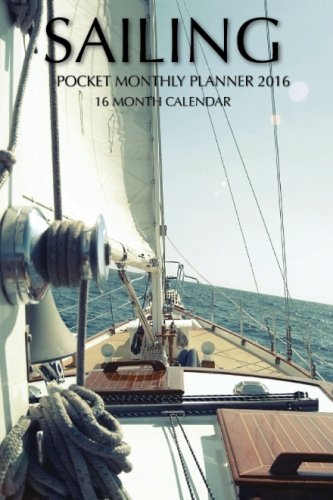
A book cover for Sailing Pocket Monthly Planner 2016: 16 Month Calendar; Jack Smith; Calendars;